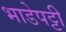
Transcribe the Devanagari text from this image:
भाडेपट्टी